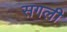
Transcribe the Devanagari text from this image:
सगली